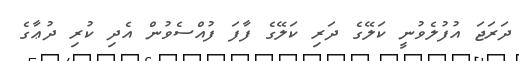
ދަރަޖަ އުފުލެވުނީ ކަލޭގެ ދަރި ކަލޭގެ ފާފަ ފުއްސެވުން އެދި ކުރި ދުޢާގެ